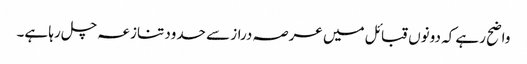
واضح رہے کہ دونوں قبائل میں عرصہ دراز سے حدود تنازعہ چل رہا ہے۔